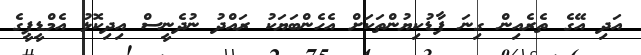
އަދި އޭގެ ތެރެއިން ގިނަ ފާޑުކިޔުންތަކަށް އެހެންބަޔަކު ރައްދު ނުދެނީސް އިދިކޮޅު އެމްޑީޕީގެ